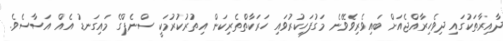
ދާއިރާތަކުގައި ދިވެހިރާއްޖެއަށް ބައިވެރިވެވޭނެ މަގުފަހިކުރުވައި ހަރަކާތްތެރިކަން އިތުރުކުރުމަކީ ސްނެޕްގެ މައިގަނޑު އެއް އަސާސެވެ.